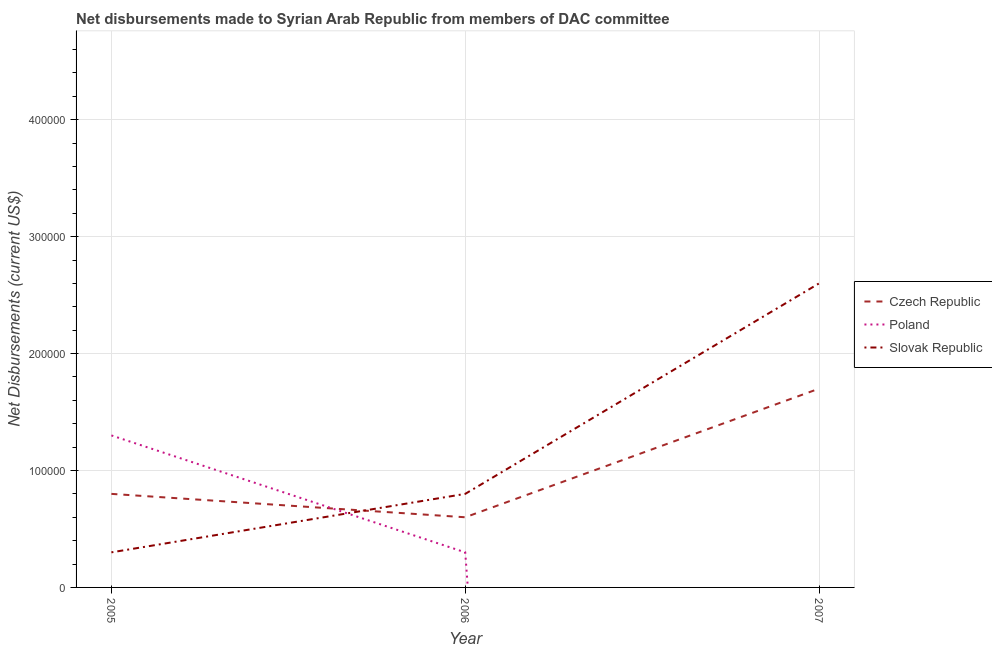
| Year | Czech Republic | Poland | Slovak Republic |
 | --- | --- | --- | --- |
 | 2005 | 8e+04 | 1.3e+05 | 3e+04 |
 | 2006 | 6e+04 | 3e+04 | 8e+04 |
 | 2007 | 1.7e+05 | -4.06e+06 | 2.6e+05 |